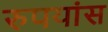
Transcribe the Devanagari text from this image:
रुपयांस